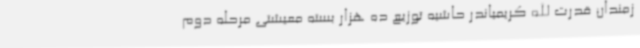
زمندان قدرت الله کریمیاندر حاشیه توزیع ده هزار بسته معیشتی مرحله دوم